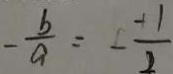
- \frac { b } { a } = - \frac { + 1 } { 2 }